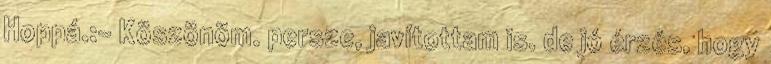
Hoppá.:- Köszönöm. persze, javítottam is. de jó érzés, hogy